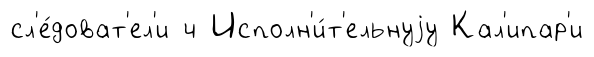
сл'е́доват'ел'и ч Исполн'и́т'ельнуjу Кал'ипар'и